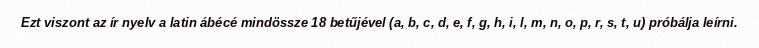
Ezt viszont az ír nyelv a latin ábécé mindössze 18 betűjével (a, b, c, d, e, f, g, h, i, l, m, n, o, p, r, s, t, u) próbálja leírni.